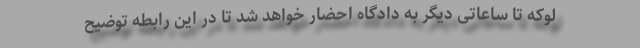
لوکه تا ساعاتی دیگر به دادگاه احضار خواهد شد تا در این رابطه توضیح